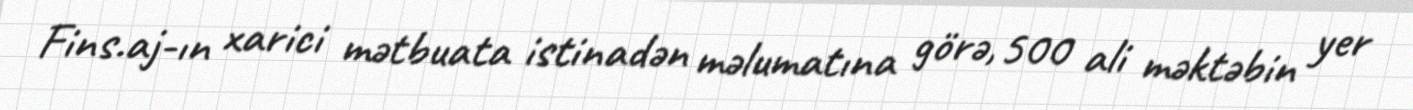
Fins.aj-ın xarici mətbuata istinadən məlumatına görə, 500 ali məktəbin yer